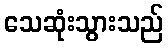
သေဆုံးသွားသည်